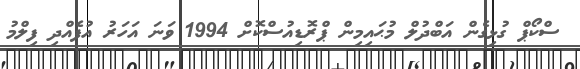
ސްކޯޕް ގުޅިގެން އަބްދުލް މުޙައިމިން ޕްރޮޑިއުސްކޮށް 1994 ވަނަ އަހަރު އުފެއްދި ފިލްމު